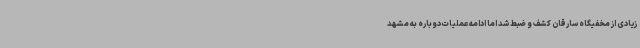
زیادی از مخفیگاه سارقان کشف و ضبط شد اما ادامه عملیات دوباره به مشهد